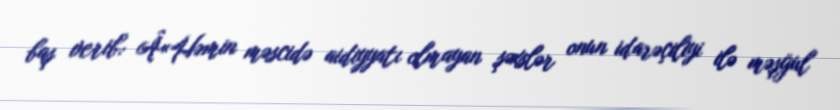
baş verib: Â«Həmin məscidə aidiyyatı olmayan şəxslər onun idarəçiliyi ilə məşğul